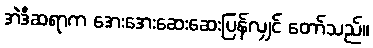
အဲဒီဆရာက အေးအေးဆေးဆေးပြန်လျှင် တော်သည်။